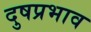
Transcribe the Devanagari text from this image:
दुषप्रभाव